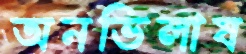
অনভিলাষ